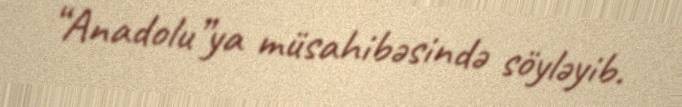
“Anadolu”ya müsahibəsində söyləyib.